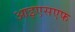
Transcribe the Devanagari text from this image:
आइएसएफ